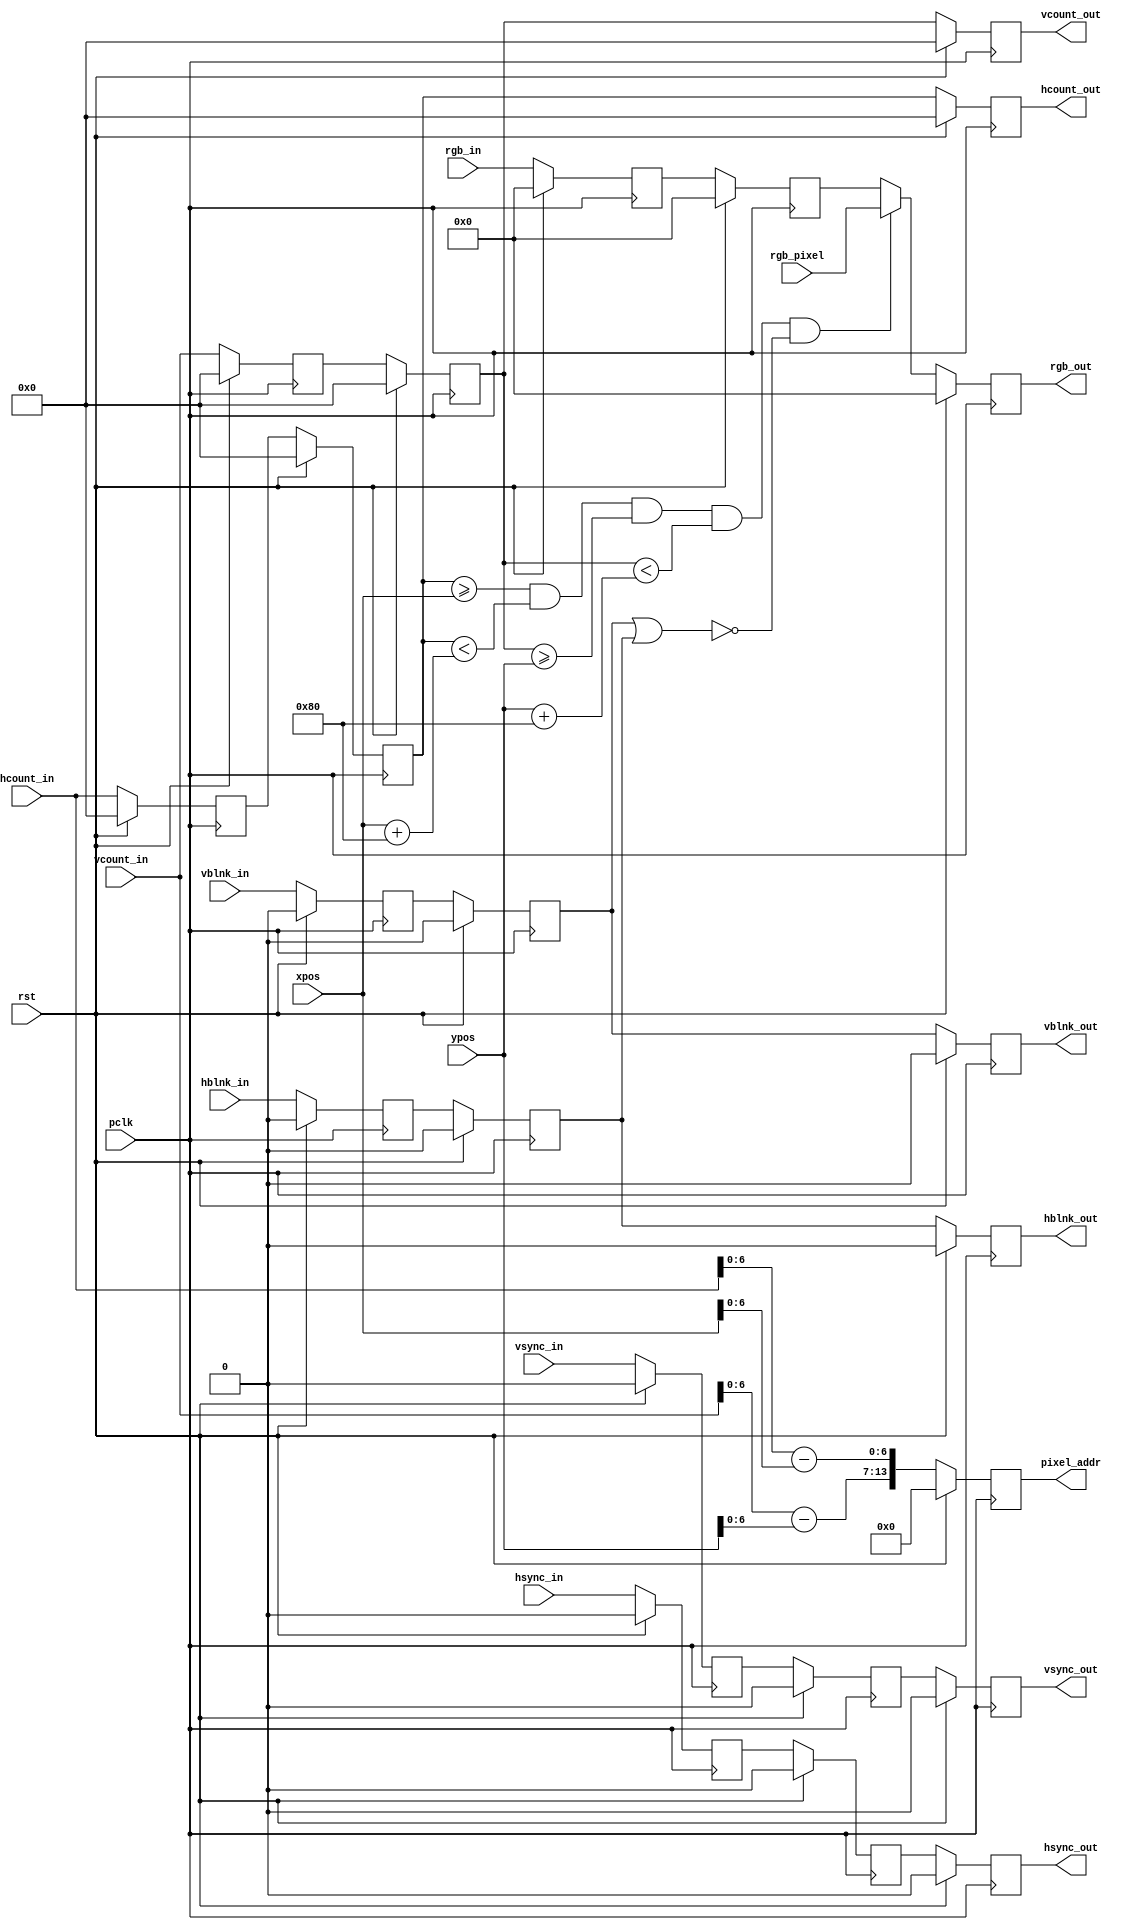
module draw_rect # (
    parameter
    x_bit_width = 7,
    y_bit_width = 7
    )
    (
    
    input wire pclk,  
    input wire rst,
    input wire [10:0] hcount_in,
    input wire hsync_in,
    input wire hblnk_in,
    input wire [10:0] vcount_in,
    input wire vsync_in,
    input wire vblnk_in,
    
    input wire [11:0] rgb_in,  
    input wire [11:0] xpos,
    input wire [11:0] ypos,
    input wire [11:0] rgb_pixel,
    
    output reg [10:0] hcount_out,
    output reg hsync_out,
    output reg hblnk_out,
    output reg [10:0] vcount_out,
    output reg vsync_out,
    output reg vblnk_out,
    
    output reg [11:0] rgb_out,
    output reg [x_bit_width+y_bit_width-1:0] pixel_addr

    );


    reg [10:0]  hcount_nxt1=0, vcount_nxt1=0,hcount_nxt2=0, vcount_nxt2=0;
    reg         hsync_nxt1=0, hblnk_nxt1=0, vsync_nxt1=0, vblnk_nxt1=0, 
            hsync_nxt2=0, hblnk_nxt2=0, vsync_nxt2=0, vblnk_nxt2=0;
            
    reg [11:0]  rgb_out_nxt = 0, rgb_in_nxt1 = 0, rgb_in_nxt = 0;
    reg [x_bit_width-1:0]   addr_X; 
    reg [y_bit_width-1:0]   addr_Y;
                
    localparam  WIDTH = 2**x_bit_width;
    localparam  HEIGHT = 2**y_bit_width;
		

    always @(posedge pclk) begin
        if(rst) begin
            hcount_nxt1  <= 11'b0;
            vcount_nxt1  <= 11'b0;    
            hsync_nxt1   <= 1'b0;
            vsync_nxt1   <= 1'b0;
            hblnk_nxt1   <= 1'b0;
            vblnk_nxt1   <= 1'b0;
         
            hcount_nxt2  <= 11'b0;
            vcount_nxt2  <= 11'b0;      
            hsync_nxt2   <= 1'b0;
            vsync_nxt2   <= 1'b0;
            hblnk_nxt2   <= 1'b0;
            vblnk_nxt2   <= 1'b0;
         
            hcount_out  <= 11'b0;
            vcount_out  <= 11'b0;
            hsync_out   <= 1'b0;
            vsync_out   <= 1'b0;
            hblnk_out   <= 1'b0;
            vblnk_out   <= 1'b0;
         
            rgb_out     <= 12'b0;
         
            rgb_in_nxt1 <= 12'b0;
            rgb_in_nxt  <= 12'b0;
            pixel_addr  <= 16'b0;
        end
        else begin
            hcount_nxt1  <= hcount_in;
            vcount_nxt1  <= vcount_in;      
            hsync_nxt1   <= hsync_in;
            vsync_nxt1   <= vsync_in;
            hblnk_nxt1   <= hblnk_in;
            vblnk_nxt1   <= vblnk_in;
            
            hcount_nxt2  <= hcount_nxt1;
            vcount_nxt2  <= vcount_nxt1;      
            hsync_nxt2   <= hsync_nxt1;        // delay by 2 clock cycles 
            vsync_nxt2   <= vsync_nxt1;
            hblnk_nxt2   <= hblnk_nxt1;
            vblnk_nxt2   <= vblnk_nxt1;
            
            hcount_out  <= hcount_nxt2;
            vcount_out  <= vcount_nxt2;      
            hsync_out   <= hsync_nxt2;
            vsync_out   <= vsync_nxt2;
            hblnk_out   <= hblnk_nxt2;
            vblnk_out   <= vblnk_nxt2;
            
            rgb_out     <= rgb_out_nxt;
        
            rgb_in_nxt1 <= rgb_in_nxt;
            rgb_in_nxt  <= rgb_in;
            pixel_addr  <= {addr_Y,addr_X};
        end
    end
    
    always @* begin
        addr_X = hcount_in - xpos;
        addr_Y = vcount_in - ypos;
        rgb_out_nxt = rgb_in_nxt1;
        
        if( hcount_nxt2 >= xpos && hcount_nxt2 < xpos + WIDTH && vcount_nxt2 >= ypos && vcount_nxt2 < ypos + HEIGHT && !(vblnk_nxt2 || hblnk_nxt2) ) 
            rgb_out_nxt = rgb_pixel;
        
    end   
     
endmodule